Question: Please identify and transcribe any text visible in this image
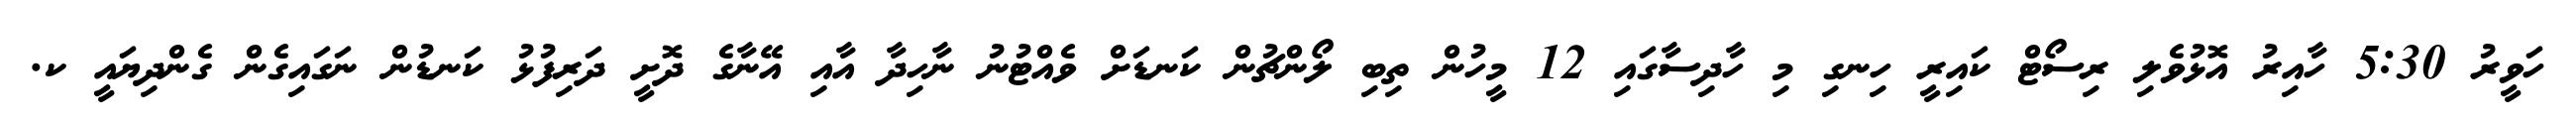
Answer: ހަވީރު 5:30 ހާއިރު އޮޅުވެލި ރިސޯޓް ކައިރީ ހިނގި މި ހާދިސާގައި 12 މީހުން ތިބި ލޯންޗުން ކަނޑަށް ވެއްޓުނު ނާހިދާ އާއި އޭނާގެ ދޮށީ ދަރިފުޅު ކަނޑުން ނަގައިގެން ގެންދިޔައީ ކ.